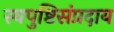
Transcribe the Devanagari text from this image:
स्वपुष्टिसंप्रदाय